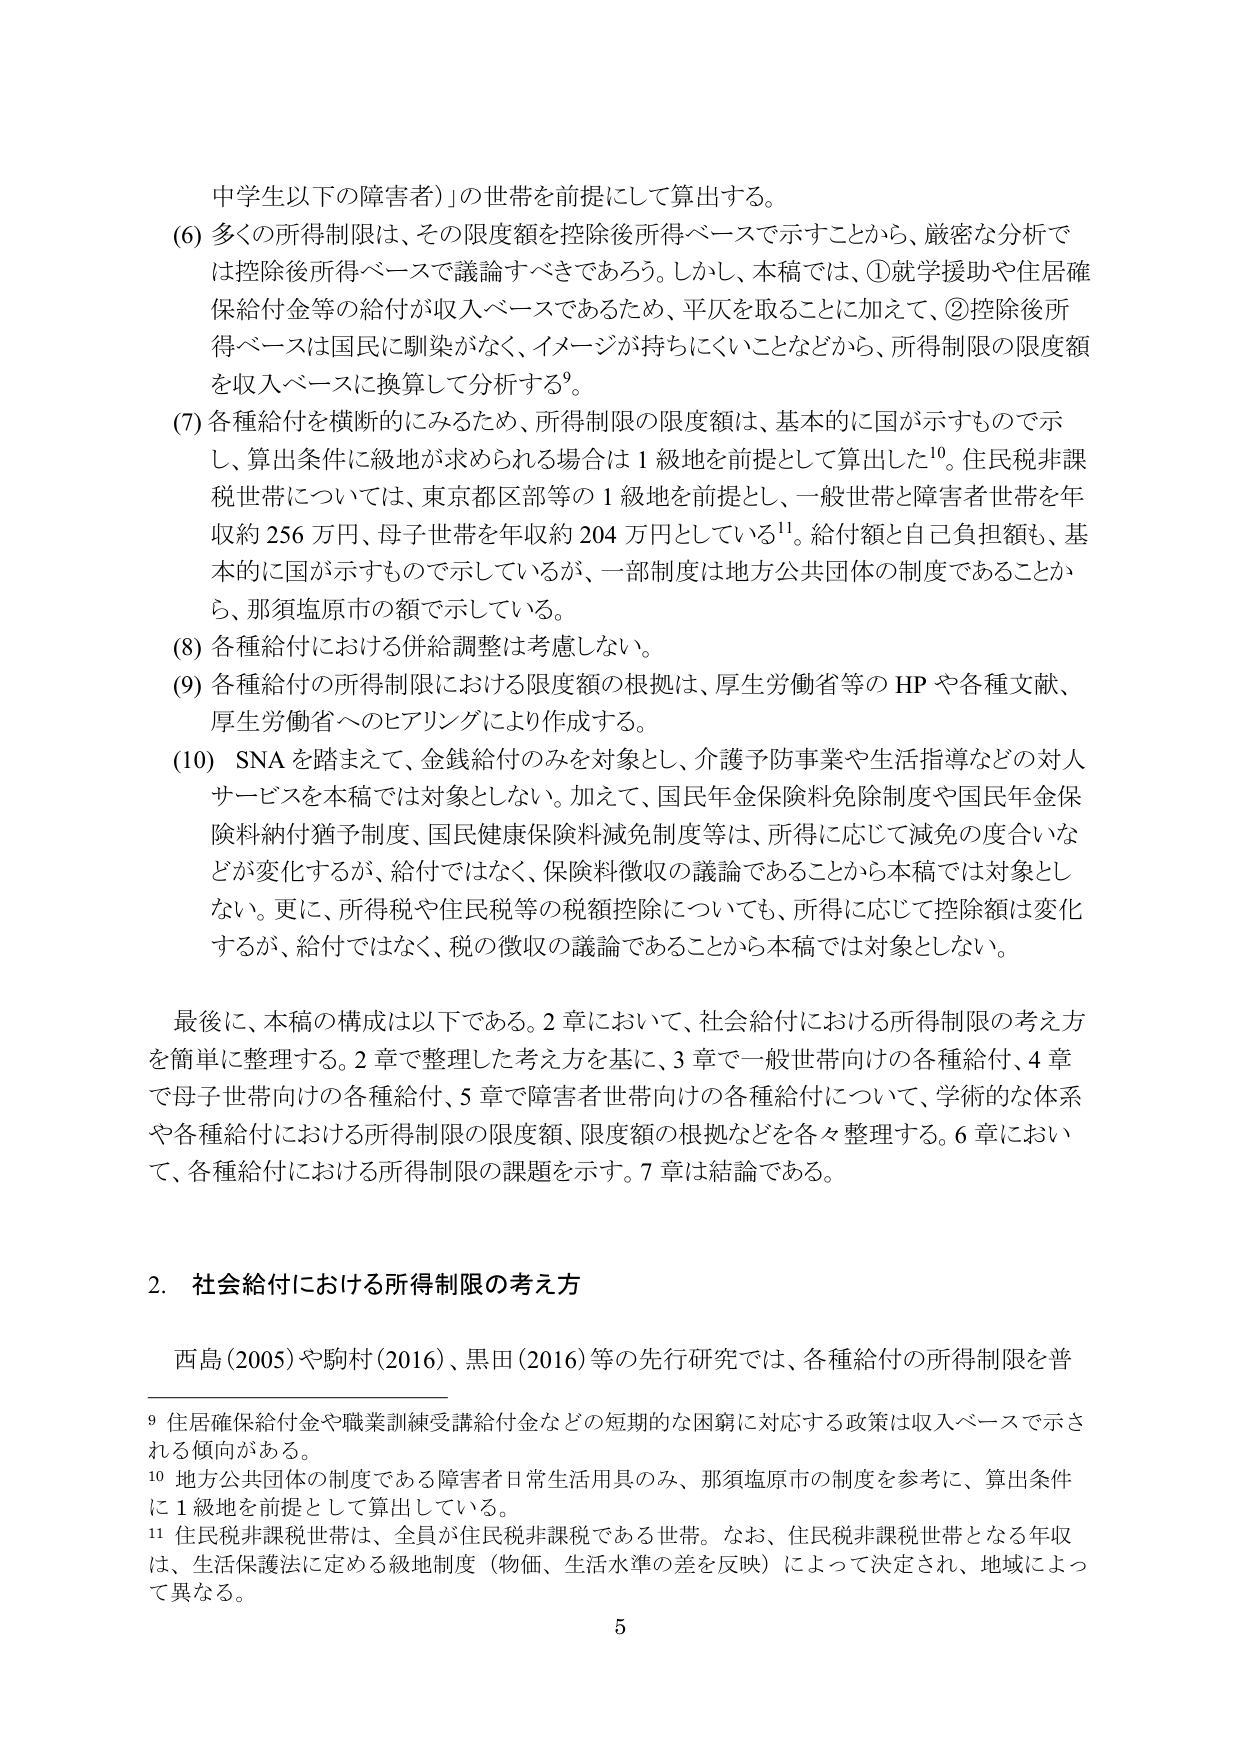
中学生以下の障害者）」の世帯を前提にして算出する。

(6) 多くの所得制限は、その限度額を控除後所得ベースで示すことから、厳密な分析では控除後所得ベースで議論すべきであろう。しかし、本稿では、①就学援助や住居確保給付金等の給付が収入ベースであるため、平仄を取ることに加えて、②控除後所得ベースは国民に馴染がなく、イメージが持ちにくいことなどから、所得制限の限度額を収入ベースに換算して分析する⁹。

(7) 各種給付を横断的にみるため、所得制限の限度額は、基本的に国が示すもので示し、算出条件に級地が求められる場合は１級地を前提として算出した¹⁰。住民税非課税世帯については、東京都区部等の１級地を前提とし、一般世帯と障害者世帯を年収約256万円、母子世帯を年収約204万円としている¹¹。給付額と自己負担額も、基本的に国が示すもので示しているが、一部制度は地方公共団体の制度であることから、那須塩原市の額で示している。

(8) 各種給付における併給調整は考慮しない。

(9) 各種給付の所得制限における限度額の根拠は、厚生労働省等のHPや各種文献、厚生労働省へのヒアリングにより作成する。

(10) SNAを踏まえて、金銭給付のみを対象とし、介護予防事業や生活指導などの対人サービスを本稿では対象としない。加えて、国民年金保険料免除制度や国民年金保険料納付猶予制度、国民健康保険料減免制度等は、所得に応じて減免の度合いなどが変化するが、給付ではなく、保険料徴収の議論であることから本稿では対象としない。更に、所得税や住民税等の税額控除についても、所得に応じて控除額は変化するが、給付ではなく、税の徴収の議論であることから本稿では対象としない。

最後に、本稿の構成は以下である。2章において、社会給付における所得制限の考え方を簡単に整理する。2章で整理した考え方を基に、3章で一般世帯向けの各種給付、4章で母子世帯向けの各種給付、5章で障害者世帯向けの各種給付について、学術的な体系や各種給付における所得制限の限度額、限度額の根拠などを各々整理する。6章において、各種給付における所得制限の課題を示す。7章は結論である。

2. 社会給付における所得制限の考え方

西島（2005）や駒村（2016）、黒田（2016）等の先行研究では、各種給付の所得制限を普

⁹ 住居確保給付金や職業訓練受講給付金などの短期的な困窮に対応する政策は収入ベースで示される傾向がある。

¹⁰ 地方公共団体の制度である障害者日常生活用具のみ、那須塩原市の制度を参考に、算出条件に１級地を前提として算出している。

¹¹ 住民税非課税世帯は、全員が住民税非課税である世帯。なお、住民税非課税世帯となる年収は、生活保護法に定める級地制度（物価、生活水準の差を反映）によって決定され、地域によって異なる。

5